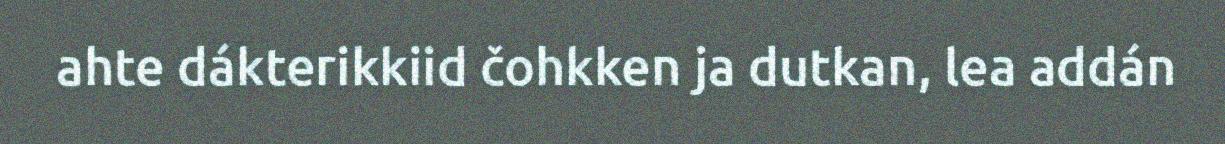
ahte dákterikkiid čohkken ja dutkan, lea addán